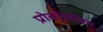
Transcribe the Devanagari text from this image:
प्रोकोलोबस